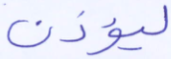
ليؤذن